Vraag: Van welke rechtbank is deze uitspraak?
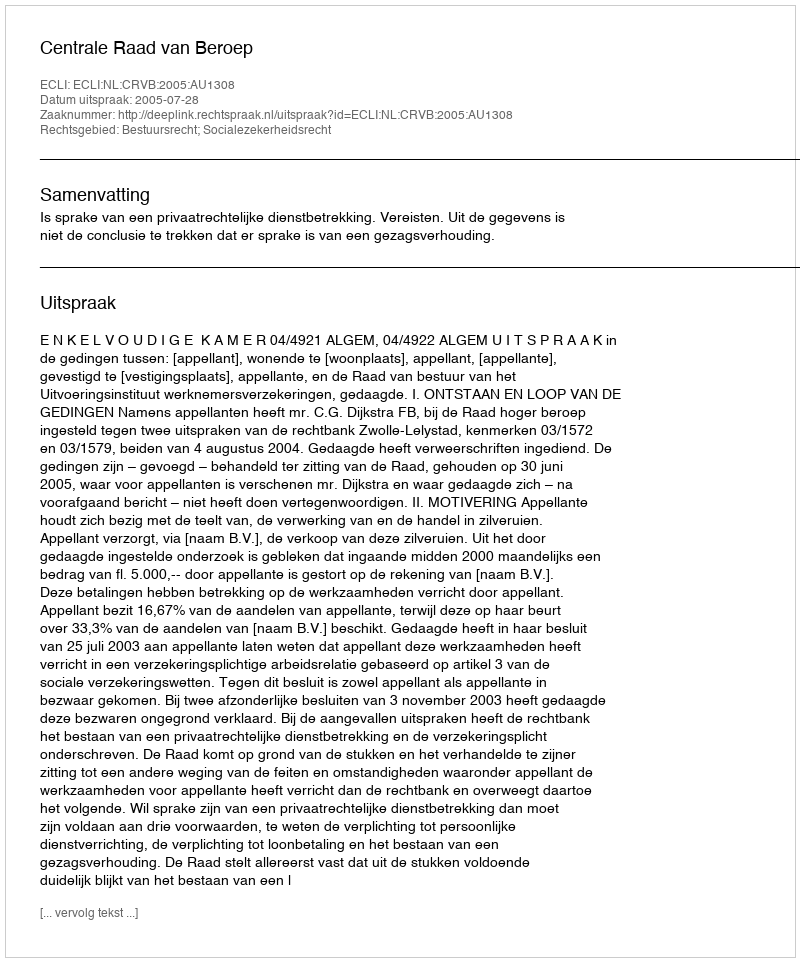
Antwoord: Centrale Raad van Beroep